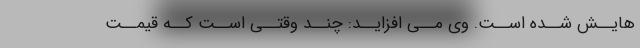
هایــش شــده اســت. وى مــى افزایــد: چنــد وقتــى اســت کــه قیمــت